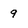
Character: 9